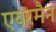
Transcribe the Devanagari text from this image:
एयरमैन